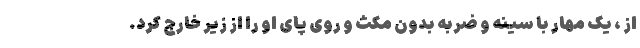
از ، یک مهار با سینه و ضربه بدون مکث و روی پای او را از زیر خارج کرد.